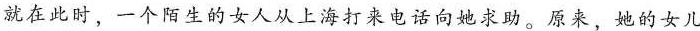
就在此时，一个陌生的女人从上海打来电话向她求助。原来，她的女儿